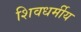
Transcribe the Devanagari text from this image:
शिवधर्मीय